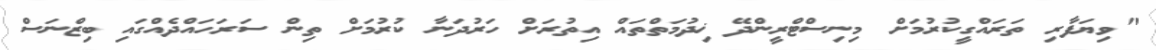
"ވިޔަފާރި ތަރައްގީކުރުމަށް މިނިސްޓްރީންދޭ ޚިދުމަތްތައް އިތުރަށް ހަރުދަނާ ކުރުމަށް ތިން ސަރަހައްދެއްގައި ބިޒްނަސް